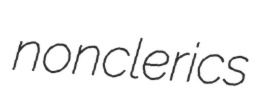
nonclerics